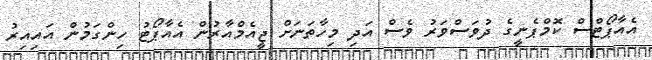
އެއާޕޯޓްސް ކޮމްޕެނީގެ ދުވަސްވަރު ވެސް އަދި މިހާތަނަށް ޖީއެމްއާރުން އެއާޕޯޓު ހިންގަމުން އައިއިރު